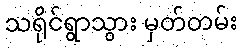
သရိုင်ရွာသွား မှတ်တမ်း